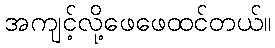
အကျင့်လို့ဖေဖေထင်တယ်။